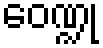
ဝေဏ္ဍု